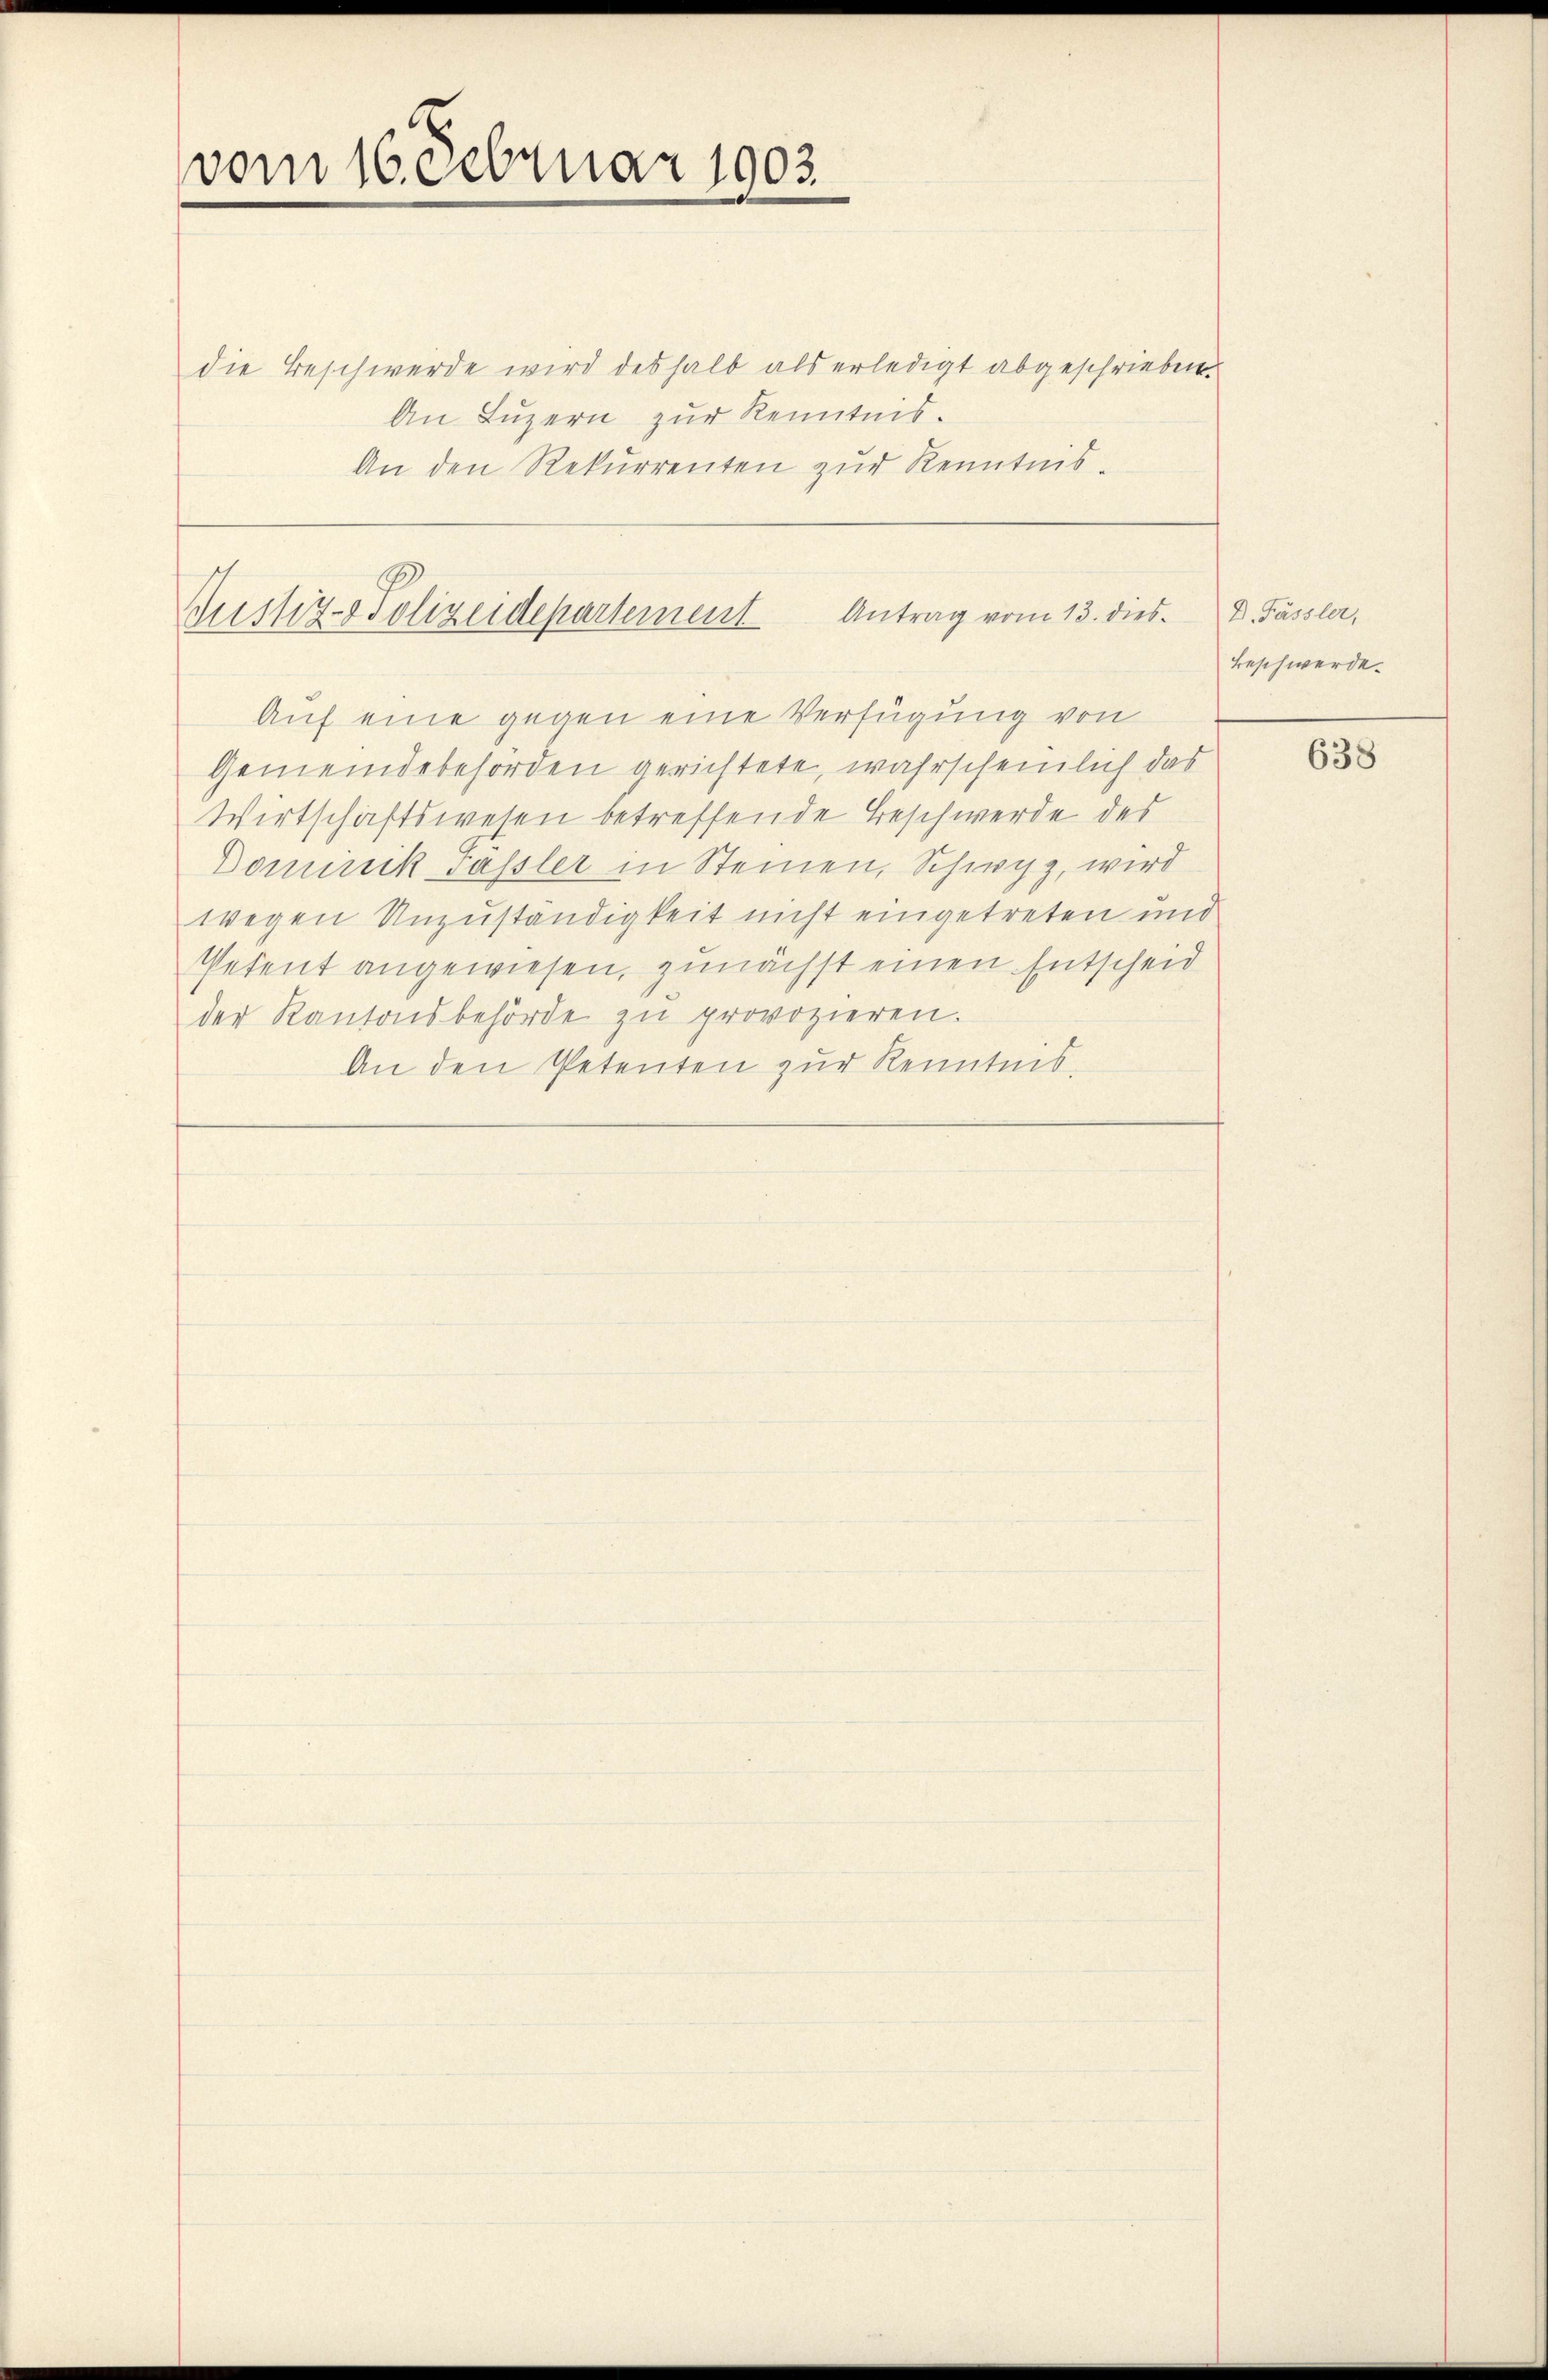
vom 16. Februar 1903.

die Beschwerde wird deshalb als erledigt abgeschrieben.
An Luzern zur Kenntnis.
An den Rekurrenten zur Kenntnis-

Justiz-Polizeidepartement Antrag vom 13. dies

Auf eine gegen eine Verfügung von
Gemeindebehörden gerichtete, wahrscheinlich das
Wirtschaftswesen betreffende Beschwerde des
Dominik Fassler in Steinen, Schwyz, wird
wegen Unzuständigkeit nicht eingetreten und
Petent angewiesen, zunächst einen Entscheid
der Kantonsbehörde zŭ provozieren.
An den Petenten zur Kenntnis,

D. Fässler,
Beschwerde.

638